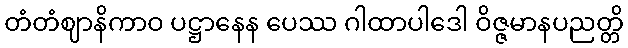
တံတံဈာနိကာဝ ပဋ္ဌာနေန ပေဿ ဂါထာပါဒေါ ဝိဇ္ဇမာနပညတ္တိ